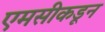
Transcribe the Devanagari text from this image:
एमसीकडून